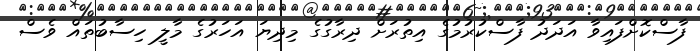
ފާސްކޮށްފައިވާ އަދަދު ފާސްކުރުމުގެ އިތުރަށް ދިރާގުގެ މިދިޔަ އަހަރުގެ މާލީ ހިސާބުތައް ވެސް